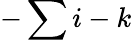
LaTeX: -\sum i-k